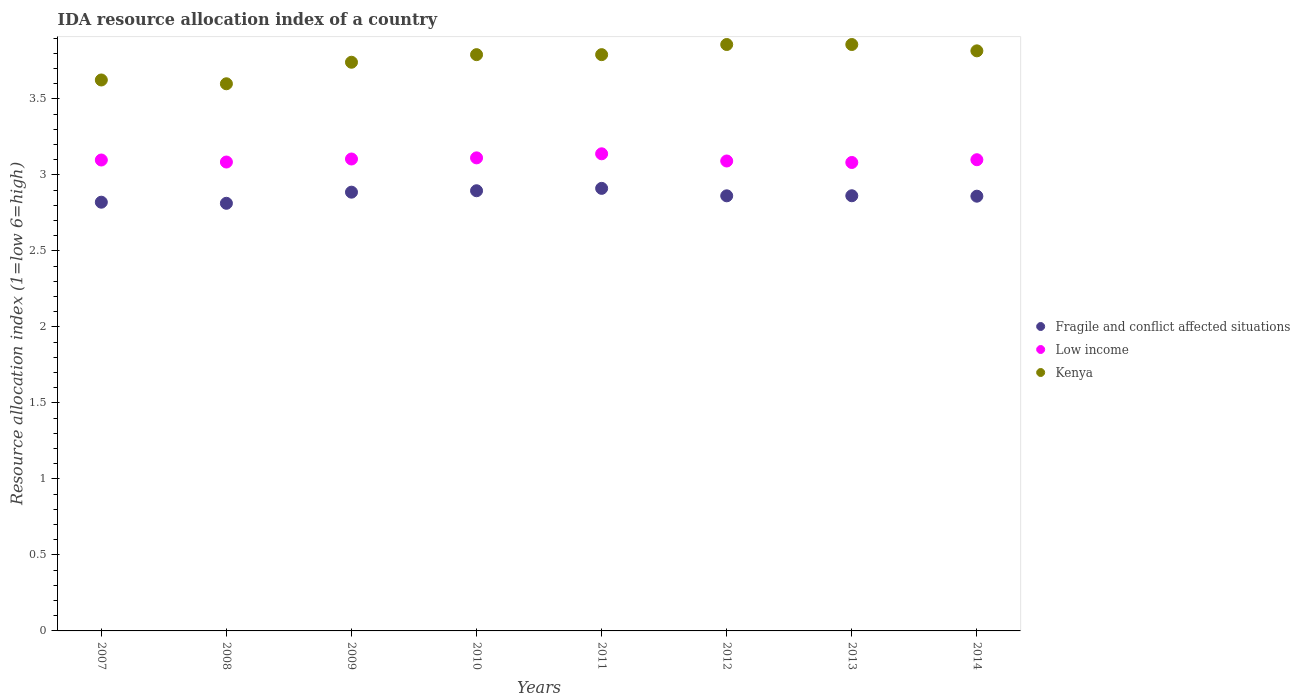
| Years | Fragile and conflict affected situations | Low income | Kenya |
 | --- | --- | --- | --- |
 | 2007 | 2.82 | 3.1 | 3.62 |
 | 2008 | 2.81 | 3.09 | 3.6 |
 | 2009 | 2.89 | 3.11 | 3.74 |
 | 2010 | 2.9 | 3.11 | 3.79 |
 | 2011 | 2.91 | 3.14 | 3.79 |
 | 2012 | 2.86 | 3.09 | 3.86 |
 | 2013 | 2.86 | 3.08 | 3.86 |
 | 2014 | 2.86 | 3.1 | 3.82 |